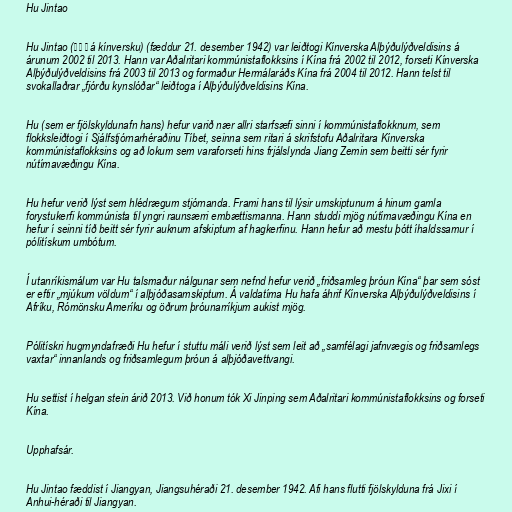
Hu Jintao

Hu Jintao (胡 锦 涛 á kínversku) (fæddur 21. desember 1942) var leiðtogi Kínverska Alþýðulýðveldisins á
árunum 2002 til 2013. Hann var Aðalritari kommúnistaflokksins í Kína frá 2002 til 2012, forseti Kínverska
Alþýðulýðveldisins frá 2003 til 2013 og formaður Hermálaráðs Kína frá 2004 til 2012. Hann telst til
svokallaðrar „fjórðu kynslóðar“ leiðtoga í Alþýðulýðveldisins Kína.

Hu (sem er fjölskyldunafn hans) hefur varið nær allri starfsæfi sinni í kommúnistaflokknum, sem
flokksleiðtogi í Sjálfstjórnarhéraðinu Tíbet, seinna sem ritari á skrifstofu Aðalritara Kínverska
kommúnistaflokksins og að lokum sem varaforseti hins frjálslynda Jiang Zemin sem beitti sér fyrir
nútímavæðingu Kína.

Hu hefur verið lýst sem hlédrægum stjórnanda. Frami hans til lýsir umskiptunum á hinum gamla
forystukerfi kommúnista til yngri raunsærri embættismanna. Hann studdi mjög nútímavæðingu Kína en
hefur í seinni tíð beitt sér fyrir auknum afskiptum af hagkerfinu. Hann hefur að mestu þótt íhaldssamur í
pólitískum umbótum.

Í utanríkismálum var Hu talsmaður nálgunar sem nefnd hefur verið „friðsamleg þróun Kína“ þar sem sóst
er eftir „mjúkum völdum“ í alþjóðasamskiptum. Á valdatíma Hu hafa áhrif Kínverska Alþýðulýðveldisins í
Afríku, Rómönsku Ameríku og öðrum þróunarríkjum aukist mjög.

Pólitískri hugmyndafræði Hu hefur í stuttu máli verið lýst sem leit að „samfélagi jafnvægis og friðsamlegs
vaxtar“ innanlands og friðsamlegum þróun á alþjóðavettvangi.

Hu settist í helgan stein árið 2013. Við honum tók Xi Jinping sem Aðalritari kommúnistaflokksins og forseti
Kína.

Upphafsár.

Hu Jintao fæddist í Jiangyan, Jiangsuhéraði 21. desember 1942. Afi hans flutti fjölskylduna frá Jixi í
Anhui-héraði til Jiangyan.